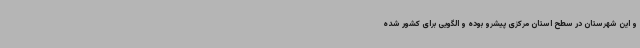
و این شهرستان در سطح استان مرکزی پیشرو بوده و الگویی برای کشور شده